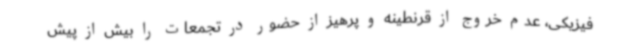
فیزیکی، عدم خروج از قرنطینه و پرهیز از حضور در تجمعات را بیش از پیش